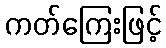
ကတ်ကြေးဖြင့်